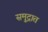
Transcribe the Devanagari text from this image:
समु्द्रात